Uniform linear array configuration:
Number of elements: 8
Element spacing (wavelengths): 0.5
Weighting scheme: uniform
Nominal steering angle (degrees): -45
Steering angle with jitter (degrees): -44.11
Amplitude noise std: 0.05
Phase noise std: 0.05

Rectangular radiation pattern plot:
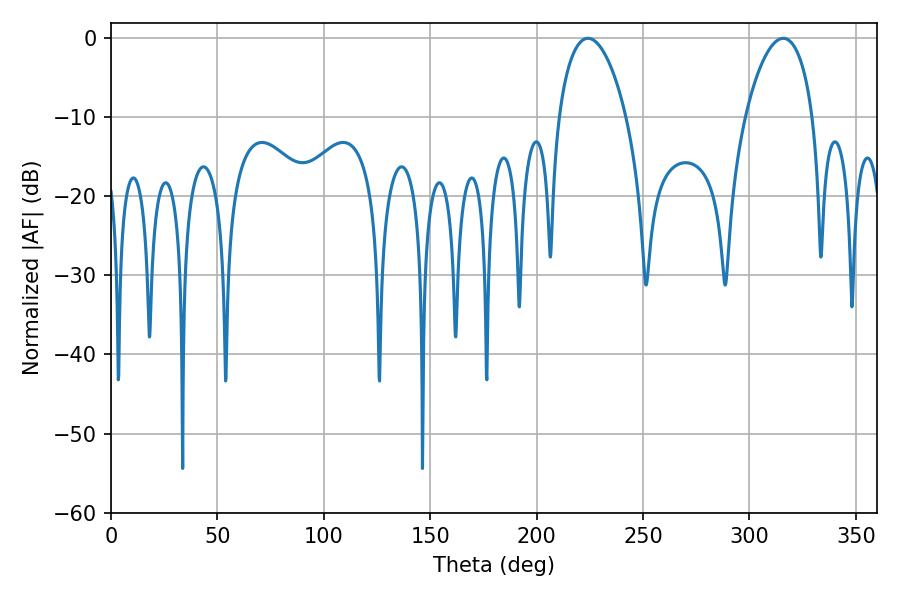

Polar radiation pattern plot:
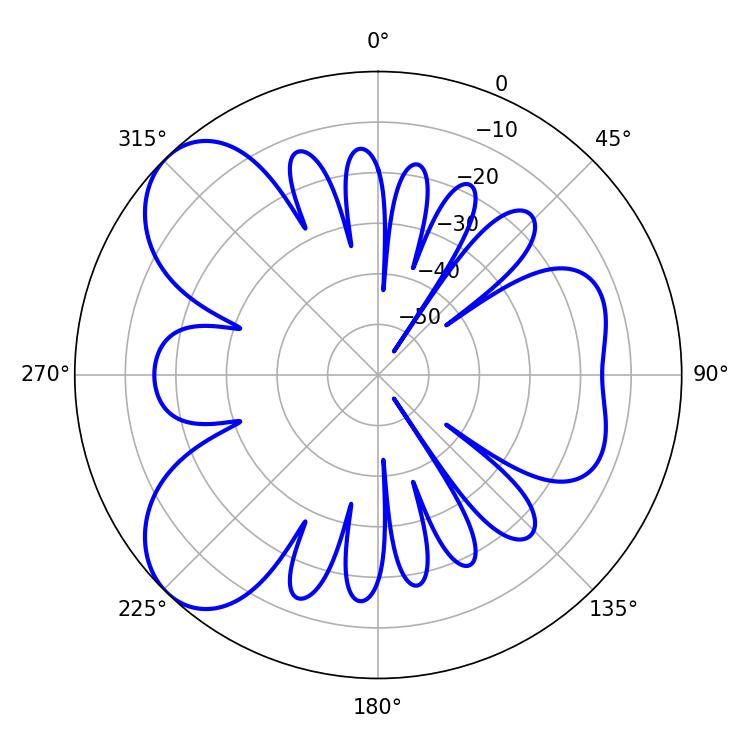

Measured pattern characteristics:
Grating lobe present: FALSE
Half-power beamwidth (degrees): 18
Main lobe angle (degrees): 224.1